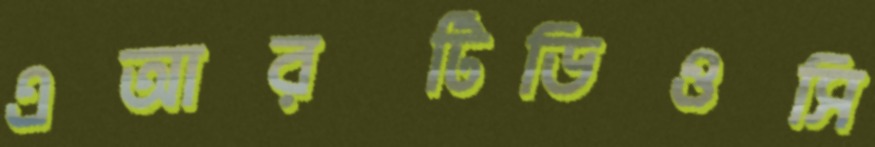
এআরটিডিওসি